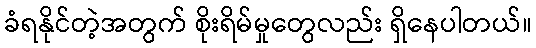
ခံရနိုင်တဲ့အတွက် စိုးရိမ်မှုတွေလည်း ရှိနေပါတယ်။